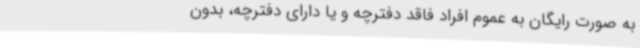
به صورت رایگان به عموم افراد فاقد دفترچه و یا دارای دفترچه، بدون